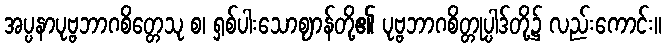
အပ္ပနာပုဗ္ဗဘာဂစိတ္တေသု စ၊ ရှစ်ပါးသောဈာန်တို့၏ ပုဗ္ဗဘာဂစိတ္တုပ္ပါဒ်တို့၌ လည်းကောင်း။